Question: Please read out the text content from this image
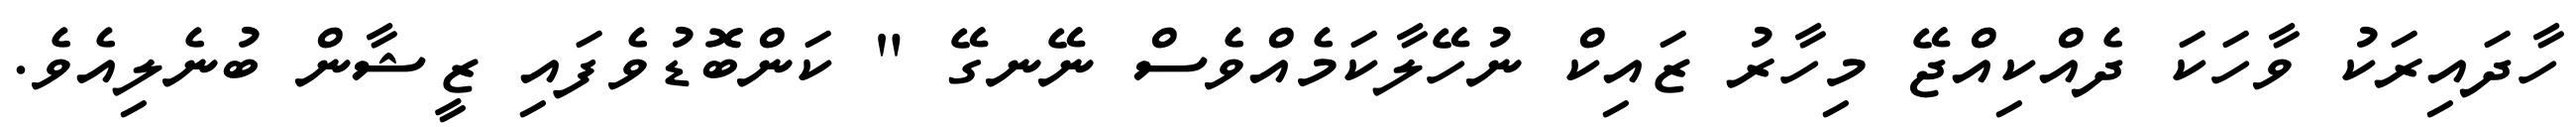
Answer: ހާދައިރަކު ވާހަކަ ދެއްކިއްޖޭ މިހާރު ޒައިކް ނުހޭލާކަމެއްވެސް ނޭނގޭ " ކަންބޮޑުވެފައި ޒީޝާން ބުނެލިއެވެ.